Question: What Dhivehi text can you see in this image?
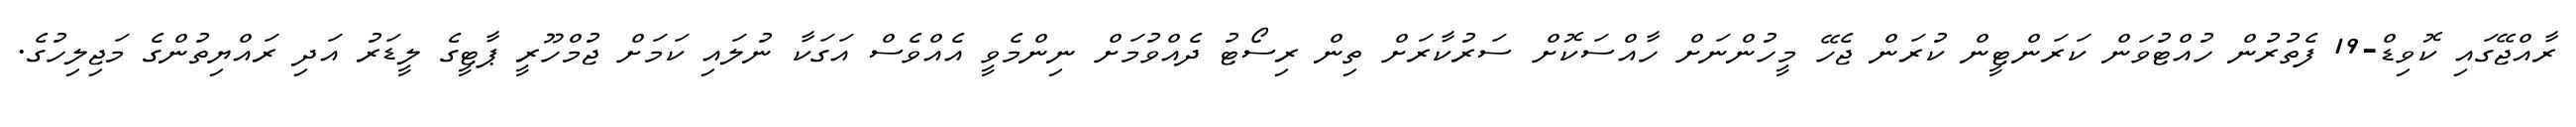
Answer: ރާއްޖޭގައި ކޮވިޑް-19 ފެތުރުން ހުއްޓުވަން ކަރަންޓީން ކުރަން ޖެހޭ މީހުންނަށް ހާއްސަކޮށް ސަރުކާރަށް ތިން ރިސޯޓު ދެއްވުމަށް ނިންމެވީ އެއްވެސް އަގަކާ ނުލައި ކަމަށް ޖުމްހޫރީ ޕާޓީގެ ލީޑަރު އަދި ރައްޔިތުންގެ މަޖިލިހުގެ.